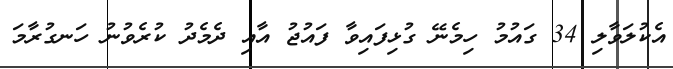
އެކުލަވާލި 34 ގައުމު ހިމެނޭ ގުޅިފައިވާ ފައުޖު އާއި ދެމެދު ކުރެވުނު ހަނގުރާމަ